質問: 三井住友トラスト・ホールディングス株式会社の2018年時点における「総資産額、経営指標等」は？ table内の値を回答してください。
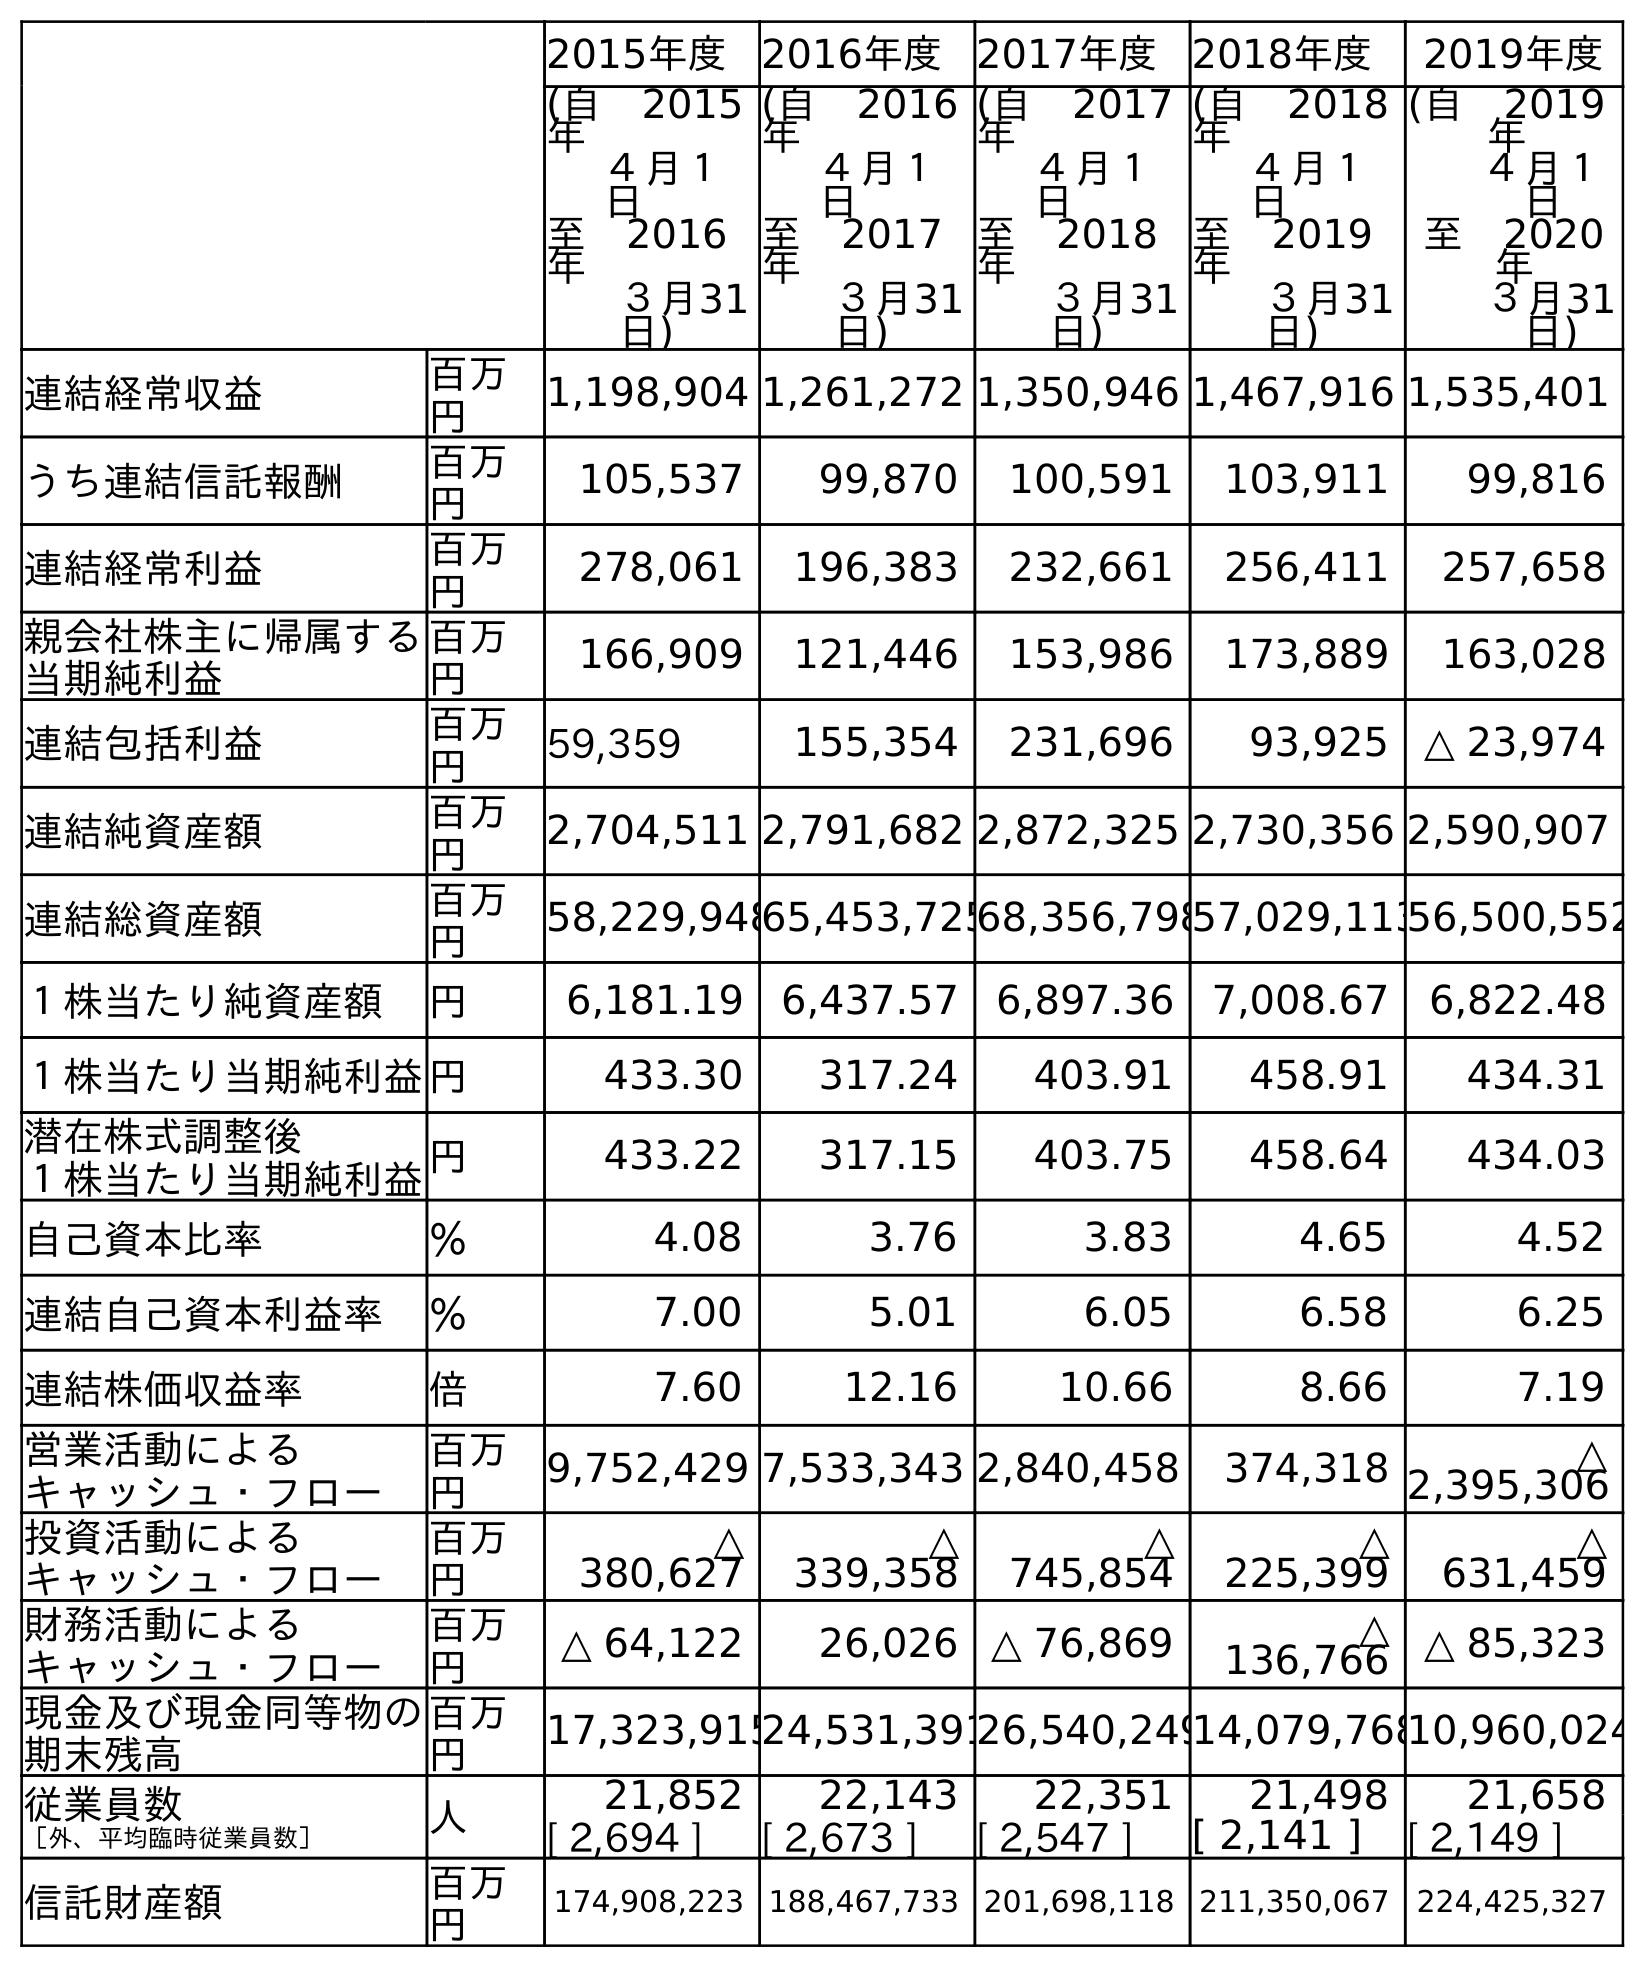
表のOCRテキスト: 2015年度 2016年度 2017年度 2018年度 2019年度 (自 2015 年 ４月１ 日 至 2016 年 ３月31 日) (自 2016 年 ４月１ 日 至 2017 年 ３月31 日) (自 2017 年 ４月１ 日 至 2018 年 ３月31 日) (自 2018 年 ４月１ 日 至 2019 年 ３月31 日) (自 2019 年 ４月１ 日 至 2020 年 ３月31 日) 連結経常収益 百万 円 1,198,904 1,261,272 1,350,946 1,467,916 1,535,401 うち連結信託報酬 百万 円 105,537 99,870 100,591 103,911 99,816 連結経常利益 百万 円 278,061 196,383 232,661 256,411 257,658 親会社株主に帰属する 当期純利益 百万 円 166,909 121,446 153,986 173,889 163,028 連結包括利益 百万 円 59,359 155,354 231,696 93,925 △ 23,974 連結純資産額 百万 円 2,704,511 2,791,682 2,872,325 2,730,356 2,590,907 連結総資産額 百万 円 58,229,94865,453,72568,356,79857,029,11356,500,552 １株当たり純資産額 円 6,181.19 6,437.57 6,897.36 7,008.67 6,822.48 １株当たり当期純利益円 433.30 317.24 403.91 458.91 434.31 潜在株式調整後 １株当たり当期純利益円 433.22 317.15 403.75 458.64 434.03 自己資本比率 ％ 4.08 3.76 3.83 4.65 4.52 連結自己資本利益率 ％ 7.00 5.01 6.05 6.58 6.25 連結株価収益率 倍 7.60 12.16 10.66 8.66 7.19 営業活動による キャッシュ・フロー 百万 円 9,752,429 7,533,343 2,840,458 374,318 △ 2,395,306 投資活動による キャッシュ・フロー 百万 円 △ 380,627 △ 339,358 △ 745,854 △ 225,399 △ 631,459 財務活動による キャッシュ・フロー 百万 円 △ 64,122 26,026 △ 76,869 △ 136,766 △ 85,323 現金及び現金同等物の 期末残高 百万 円 17,323,91524,531,39126,540,24914,079,76810,960,024 従業員数 ［外、平均臨時従業員数］ 人 21,852 22,143 22,351 21,498 21,658 [ 2,694 ] [ 2,673 ] [ 2,547 ] [ 2,141 ] [ 2,149 ] 信託財産額 百万 円 174,908,223 188,467,733 201,698,118 211,350,067 224,425,327
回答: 68,356,798